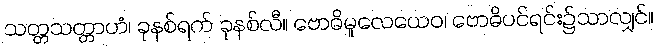
သတ္တသတ္တာဟံ၊ ခုနစ်ရက် ခုနစ်လီ။ ဗောဓိမူလေယေဝ၊ ဗောဓိပင်ရင်း၌သာလျှင်။